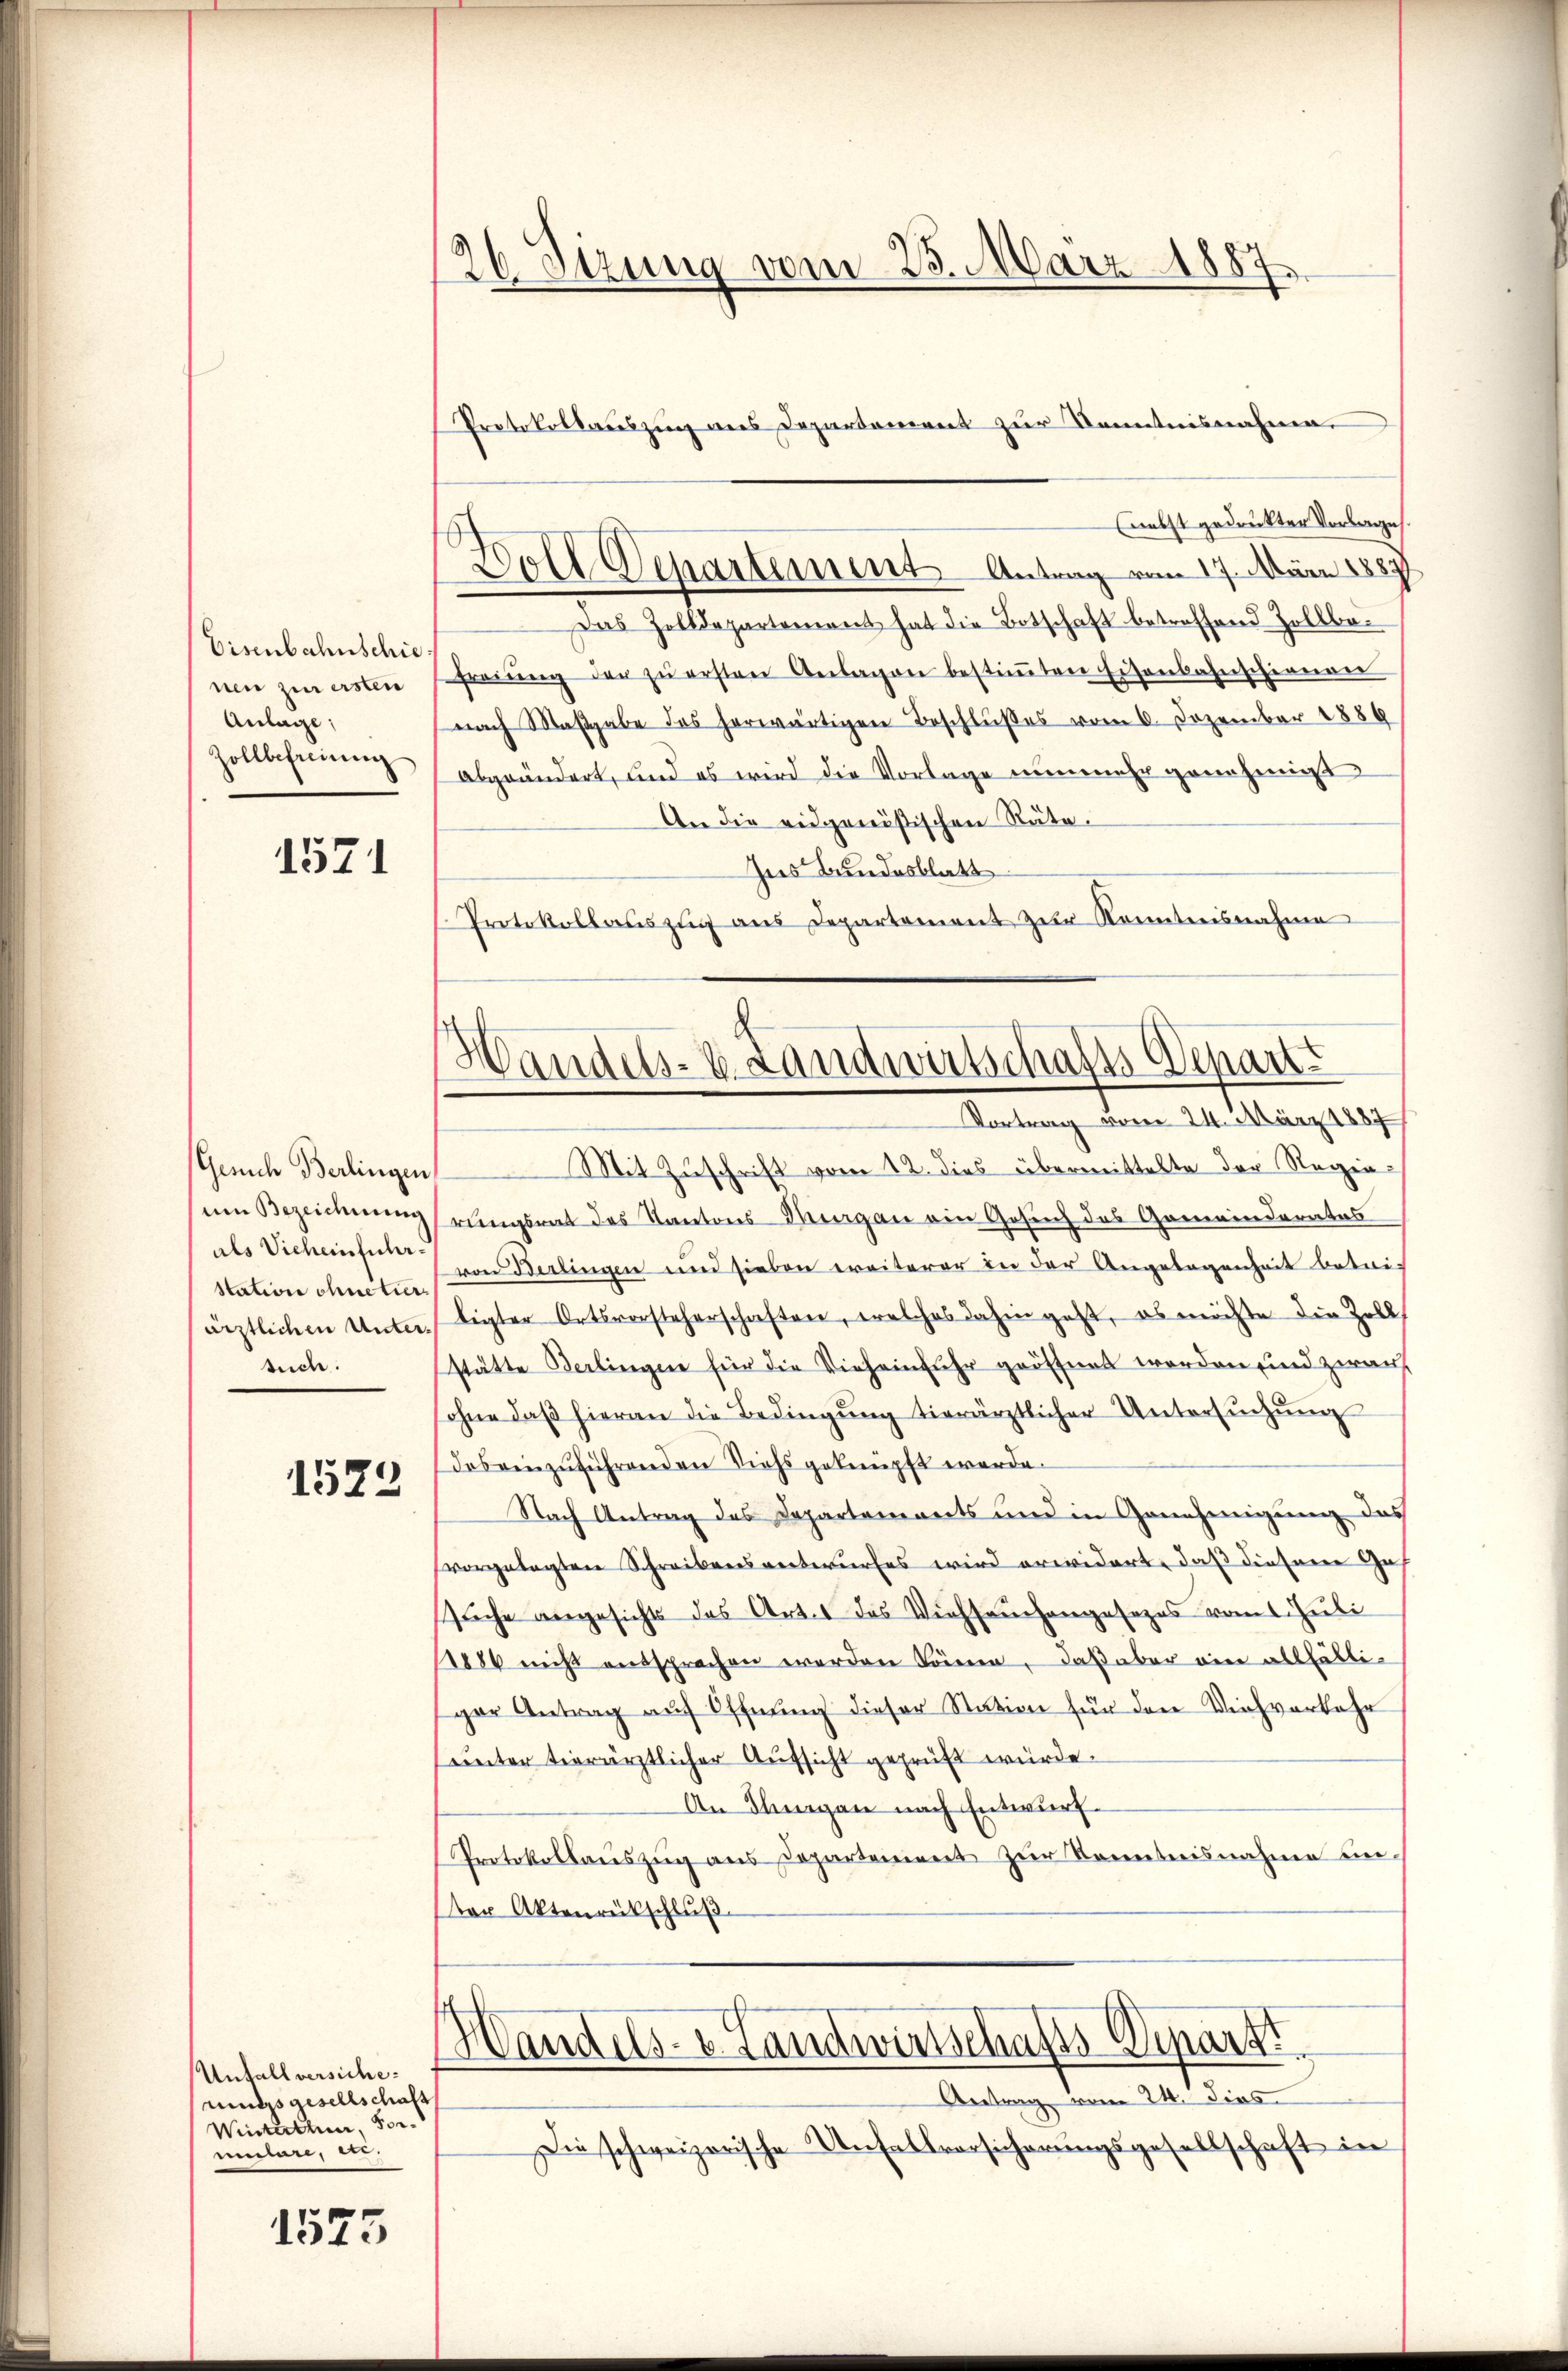
Eisenbahnschie
nen zur ersten
Anlage;
Zollbefreiung

1571

Gerich Berlingen
um Bezeichnung
als Vieheinführstation ohne tier
ärztlichen Untersuch.

1523

Unfall versiche
muds gesellschaft
Winterther, Vor
meier, ver¬

1575

26 Sizung vom 25. März 1887.

s
Loll Departement Antrag vom 17. März 1887

(nebst gedruckter Vorlage.
Das Zolldepartement hat die Botschaft betreffend Zollbefreiung der zŭ ersten Anlagen bestiṁten Eisenbahnschienen
nach Maβgabe des herwärtigen Beschlußes vom 6. Dezember 1886
abgeändert, und es wird die Vorlage nunmehr genehmigt
An die eidgenößischen Räte.
Ins Bundesblatt
Protokollaŭszŭg aŭs Departement zŭr Konntnisnahme
Mit Zuschrift vom 12. dies übermittelte der Regierungsrat des Kantons-Margau ein Gesuch des Gemeinderates
von Berlingen und sieben ereiterer in der Angelegenheit betrif
ligter Ortsvorsteherschaften, welches dahin geht, es möchte die Zolls
stätte Berlingen für die Vieheinfuhr geöffnet werden und zwar
ohne daβ hieran die Bedingŭng tierärztlicher Untersŭchŭng
des einzuführenden Viehs geknüpft werde.
Nach Antrag des Departemonts und in Genehmigung das
vorgelegten Schreibensentwurfes wird erwidert, daß diesene Gas
suche angesichts das Art. 1 das Viehseuchangesezes vom 1. Juli
1886 nicht entsprochen werden können, daß aber ein allfälligar Antrag auf Öffnung dieser Station für den Viehverkehr
unter tierärztlicher Aufsicht geprüft würde.
An Thurgau nach Entwurf.
Protokollaŭszŭg ans Departement zŭr Kenntnisnahme ein-
er Aktenrückschluß
Handels- & Landwirtschafts Depart
Antrag vom 24. dies
Die schweizerische Unfallversicherungsgesellschaft in

Protokollauszug aus Departement zur Kenntnisnahme.

Handels- u. Landwirtschafts Scharte
Vortrag vom 24. März 1887